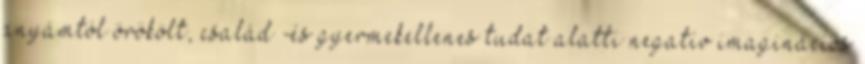
anyámtól örökölt, család -és gyermekellenes tudat alatti negatív imaginációs